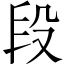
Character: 段